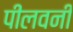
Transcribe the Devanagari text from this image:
पीलवनी